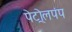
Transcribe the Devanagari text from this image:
पेट्रोलपंप